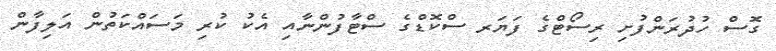
ގޮސް ހުދުރަންފުށި ރިސޯޓްގެ ފަޔަރ ސްކޮޑްގެ ސްޓާފުންނާއި އެކު ކުރި މަސައްކަތުން އަލިފާން